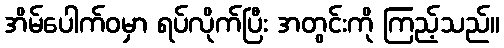
အိမ်ပေါက်ဝမှာ ရပ်လိုက်ပြီး အတွင်းကို ကြည့်သည်။